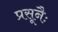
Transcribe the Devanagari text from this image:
प्रसूनैः